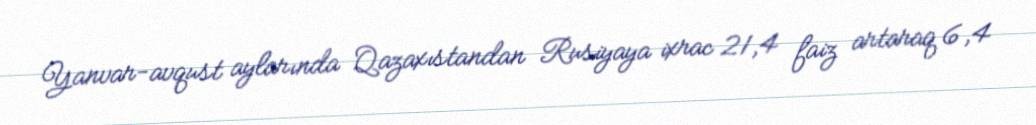
Yanvar-avqust aylarında Qazaxıstandan Rusiyaya ixrac 21,4 faiz artaraq 6,4